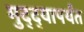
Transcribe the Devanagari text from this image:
मुद्द्‍यापर्यंत